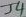
Text: J4